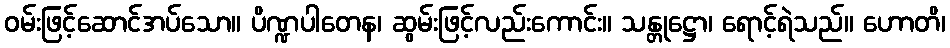
ဝမ်းဖြင့်ဆောင်အပ်သော။ ပိဏ္ဍပါတေန၊ ဆွမ်းဖြင့်လည်းကောင်း။ သန္တုဋ္ဌော၊ ရောင့်ရဲသည်။ ဟောတိ၊